Statistics compiled by the Government of India from the reports of provincial Civil Veterinary Departments
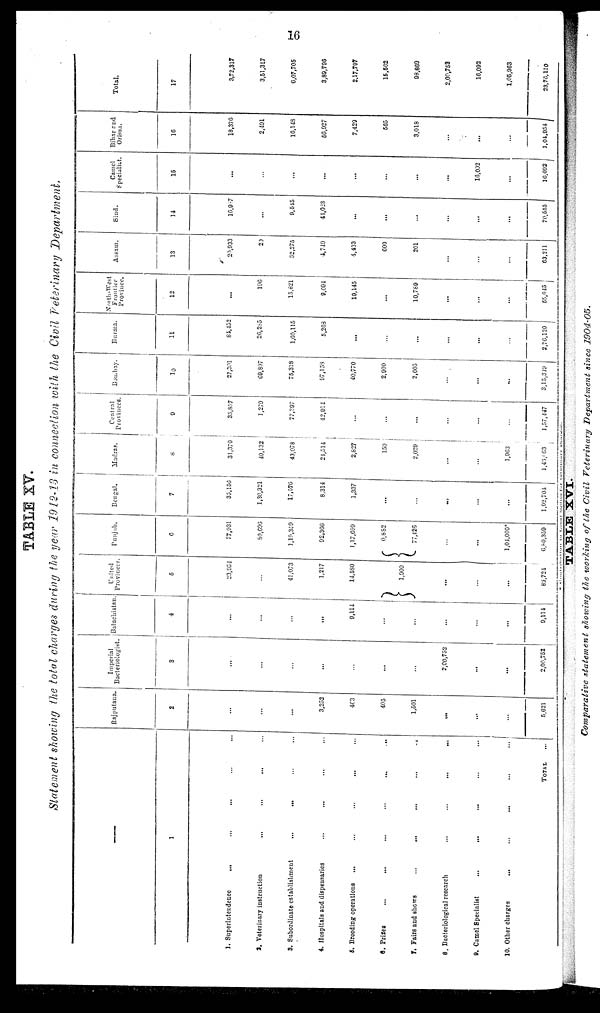
16
TABLE XV.
Statement showing the total charges during the year 1912-13 in connection with the Civil Veterinary Department.
—
1
1. Superintendence
... ... ... ... ...
2. Veterinary instruction
...
... ... ... ...
3. Subordinate establishment
... ... ... ...
4. Hospitals and dispensaries ... ... ... ...
5. Breeding operations ... ... ... ... ... ...
6. Prizes
...
...
...
...
...
...
7. Fairs and shows
...
...
...
...
...
8. Bacteriological research
...
...
...
...
9. Camel Specialist
...
... ... ...
10. Other charges ... ... ...
TOTAL
...
Rajputana.
2
...
...
...
3,252
463
405
1,501
...
...
...
5,621
Imperial
Bacteriologist.
3
...
...
...
...
...
...
...
2,00,752
...
...
2,00,752
Baluchistan
4
...
...
...
...
9,114
...
...
...
...
...
9,114
United
Provinces.
5
23,954
...
41,073
1,217
14,580
1,900
...
...
...
83,724
Punjab.
6
77,931
80,696
1,19,359
92,366
1,17,690
0,882
77,426
...
...
1,04,000*
6,80,359
Bengal.
7
35,156
1,30,321
17,576
8,314
1,337
...
...
...
...
...
1,92,704
Madras.
8
31,370
40,132
43,078
21,514
2,827
150
2,029
...
...
1,963
1,46,963
Central
Provinces.
9
35,857
1,279
77,397
42,914
...
...
...
...
...
...
1,57,447
Bombay.
10
27,301
69,897
75,318
97,158
40,770
2,900
2,005
...
...
...
3,15,319
Burma.
11
84,152
26,285
1,60,115
5,268
...
...
...
...
...
...
2,76,120
North-West
Frontier
Province.
12
...
196
15,821
9,094
19,145
...
10,789
...
...
...
55,045
Assam.
13
20,933
20
32,275
4,749
4,433
600
201
...
...
...
63,211
Sind.
14
16,957
...
9,545
44,023
...
...
...
...
...
...
70,555
Camel
Specialist.
15
...
...
...
...
...
...
...
...
16,092
...
16,092
Bihar and
Orissa.
16
18,376
2,491
16,148
56,927
7,429
565
3,018
...
...
...
1,04,954
Total.
17
3,72,317
3,51,317
6,07,705
3,89,796
2,17,797
15,502
93,869
2,00,752
16,092
1,05,963
23,76,110